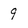
Character: 9